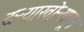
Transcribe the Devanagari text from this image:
दऱ्याखोऱ्यातून